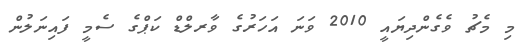
މި މެޗު ވެގެންދިޔައީ 2010 ވަނަ އަހަރުގެ ވާރލްޑް ކަޕްގެ ސެމީ ފައިނަލުން